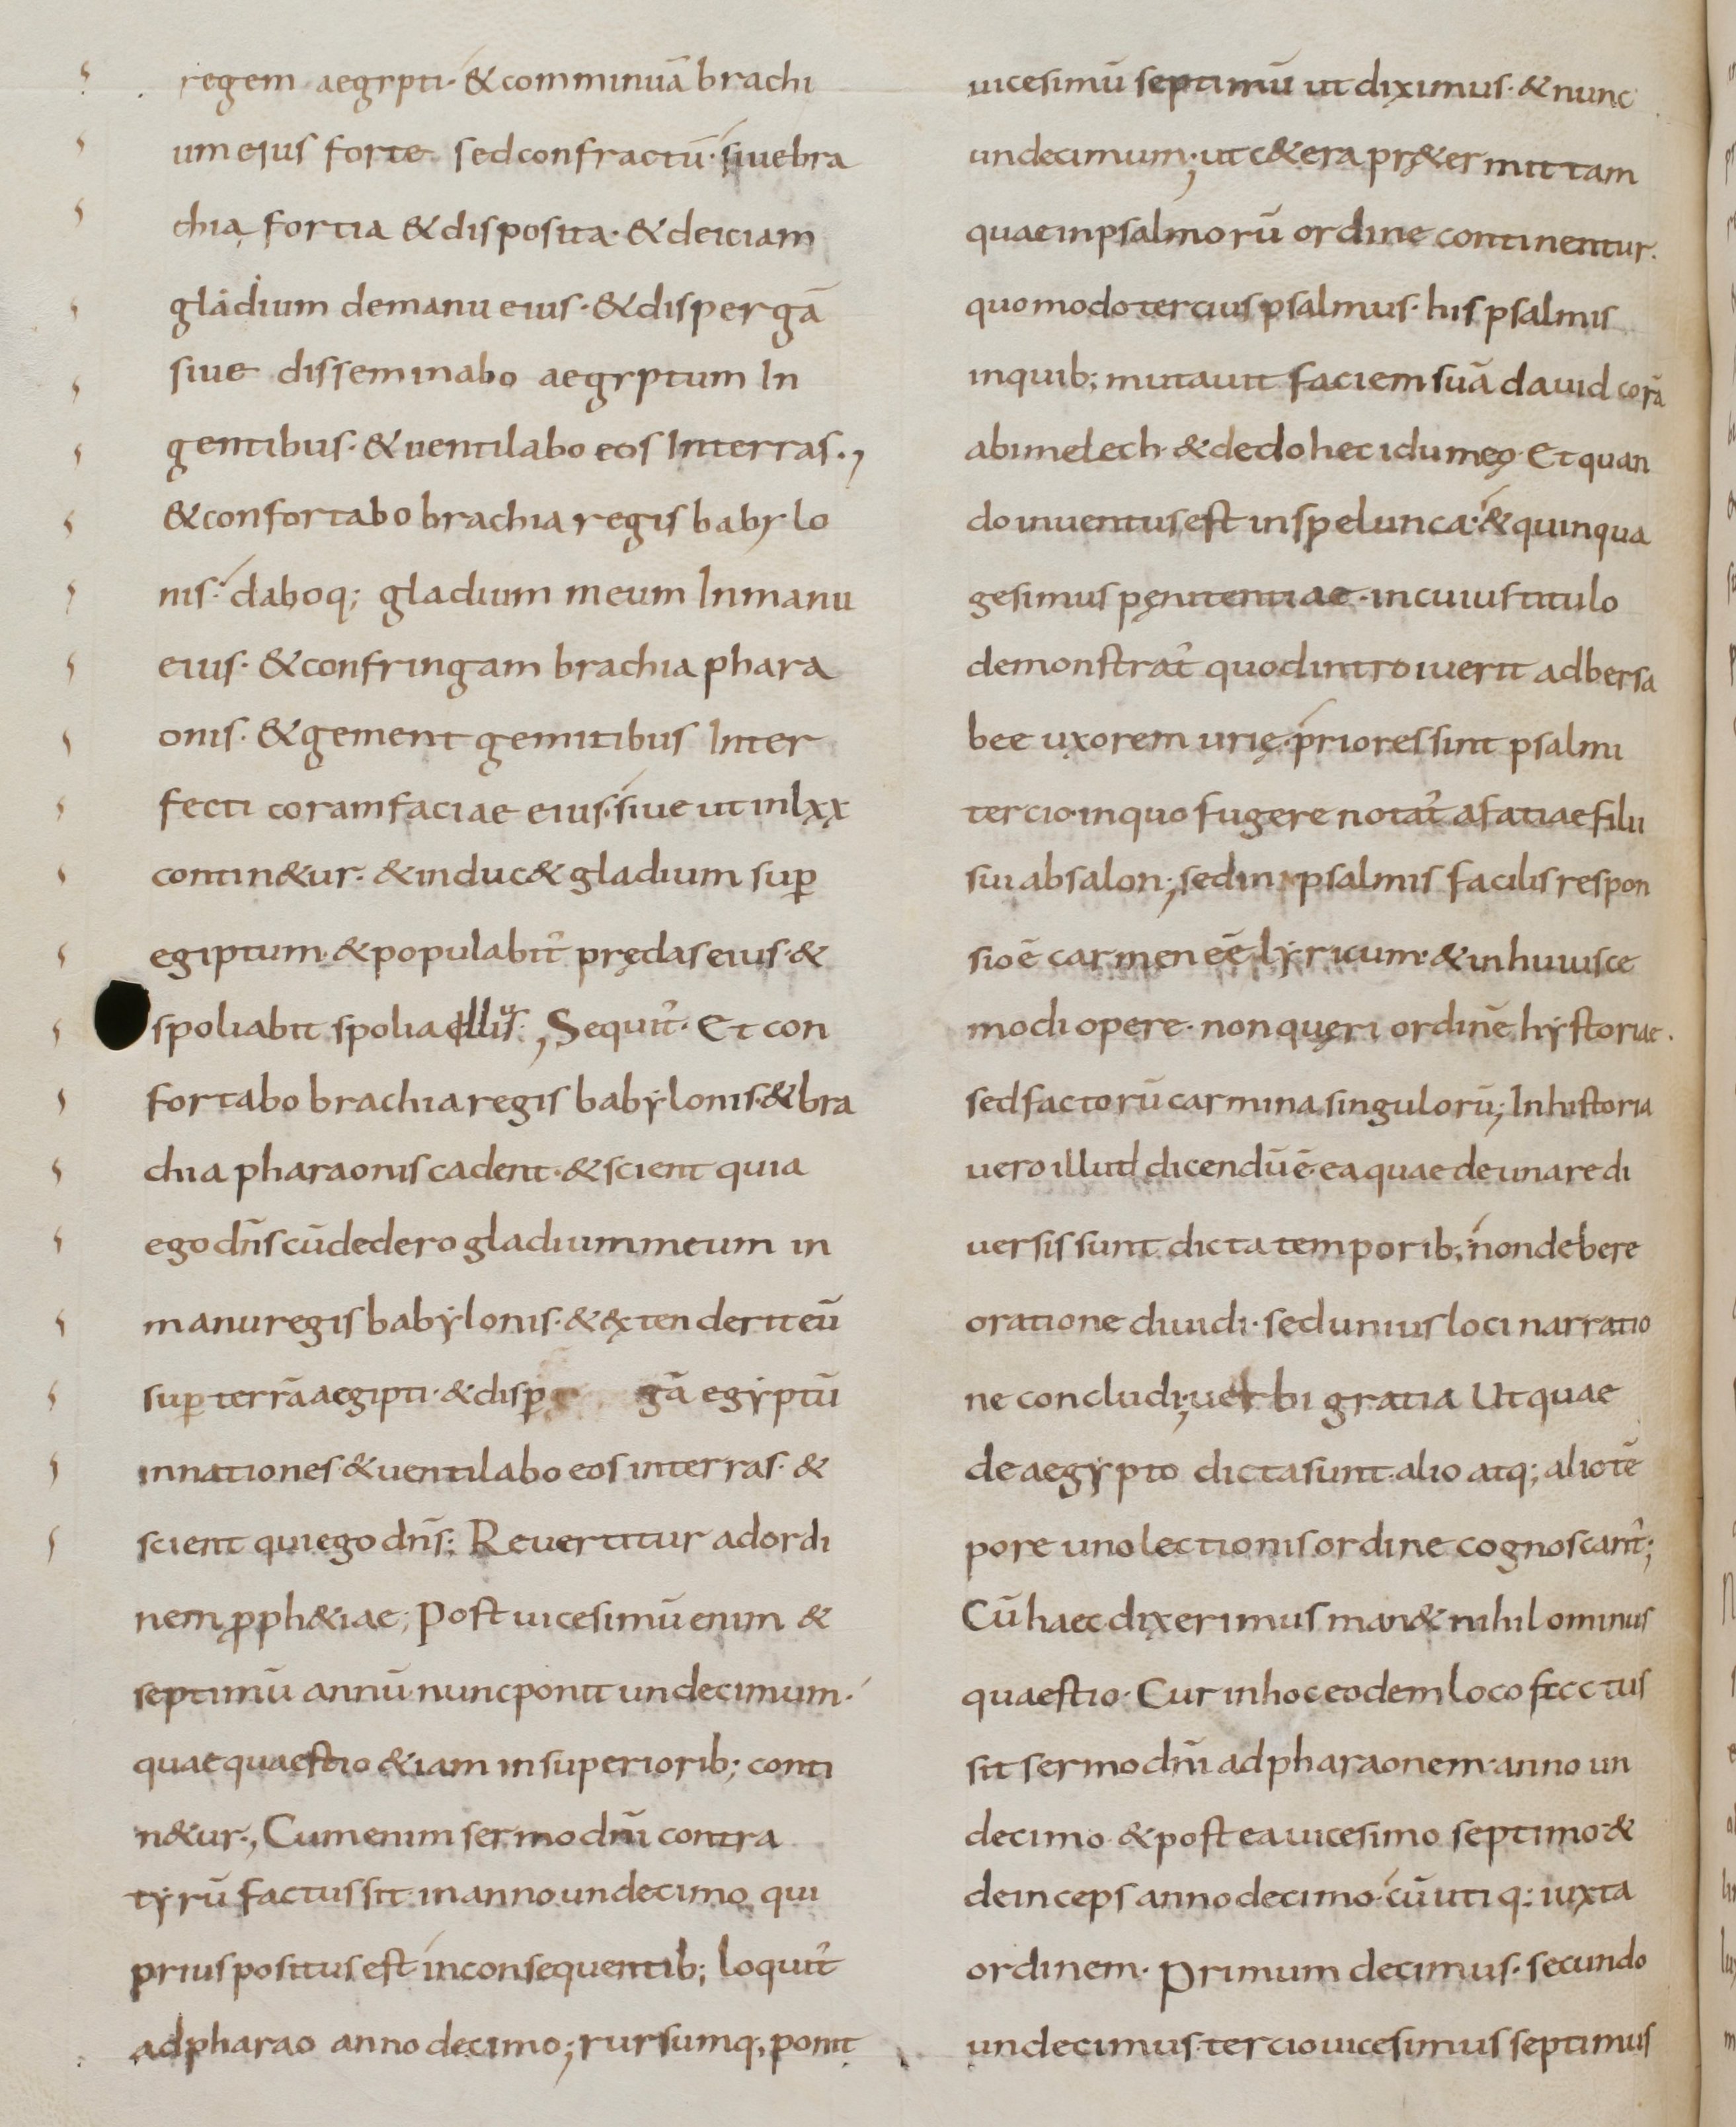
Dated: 800–899